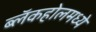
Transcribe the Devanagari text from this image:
ब्लॅकहोलमध्ये